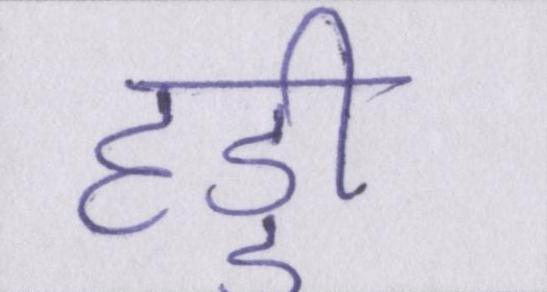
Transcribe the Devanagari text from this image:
हड्डी